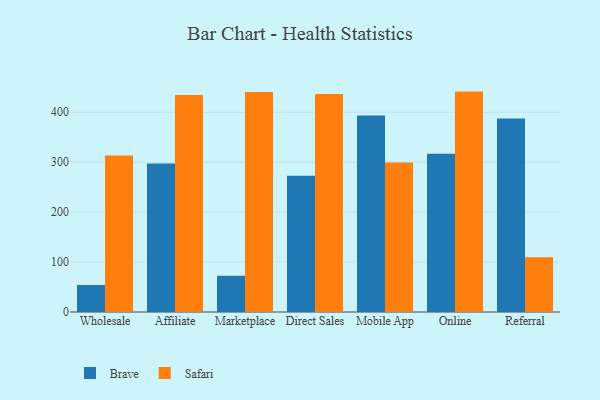
{"axis": {"x": "Channel", "y": "Churn Rate (%)"}, "legend": ["Brave", "Safari"], "data": [{"x": "Wholesale", "y": 54.0, "type": "Brave"}, {"x": "Wholesale", "y": 313.2, "type": "Safari"}, {"x": "Affiliate", "y": 297.6, "type": "Brave"}, {"x": "Affiliate", "y": 434.8, "type": "Safari"}, {"x": "Marketplace", "y": 72.5, "type": "Brave"}, {"x": "Marketplace", "y": 440.7, "type": "Safari"}, {"x": "Direct Sales", "y": 272.9, "type": "Brave"}, {"x": "Direct Sales", "y": 436.4, "type": "Safari"}, {"x": "Mobile App", "y": 393.3, "type": "Brave"}, {"x": "Mobile App", "y": 299.6, "type": "Safari"}, {"x": "Online", "y": 317.1, "type": "Brave"}, {"x": "Online", "y": 441.4, "type": "Safari"}, {"x": "Referral", "y": 387.3, "type": "Brave"}, {"x": "Referral", "y": 109.5, "type": "Safari"}]}